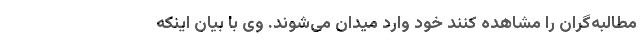
مطالبه‌گران را مشاهده کنند خود وارد میدان می‌شوند. وی با بیان اینکه